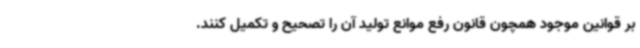
بر قوانین موجود همچون قانون رفع موانع تولید آن را تصحیح و تکمیل کنند.